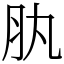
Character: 肒